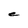
Character: e